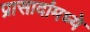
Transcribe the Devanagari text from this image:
प्रासादांमध्ये